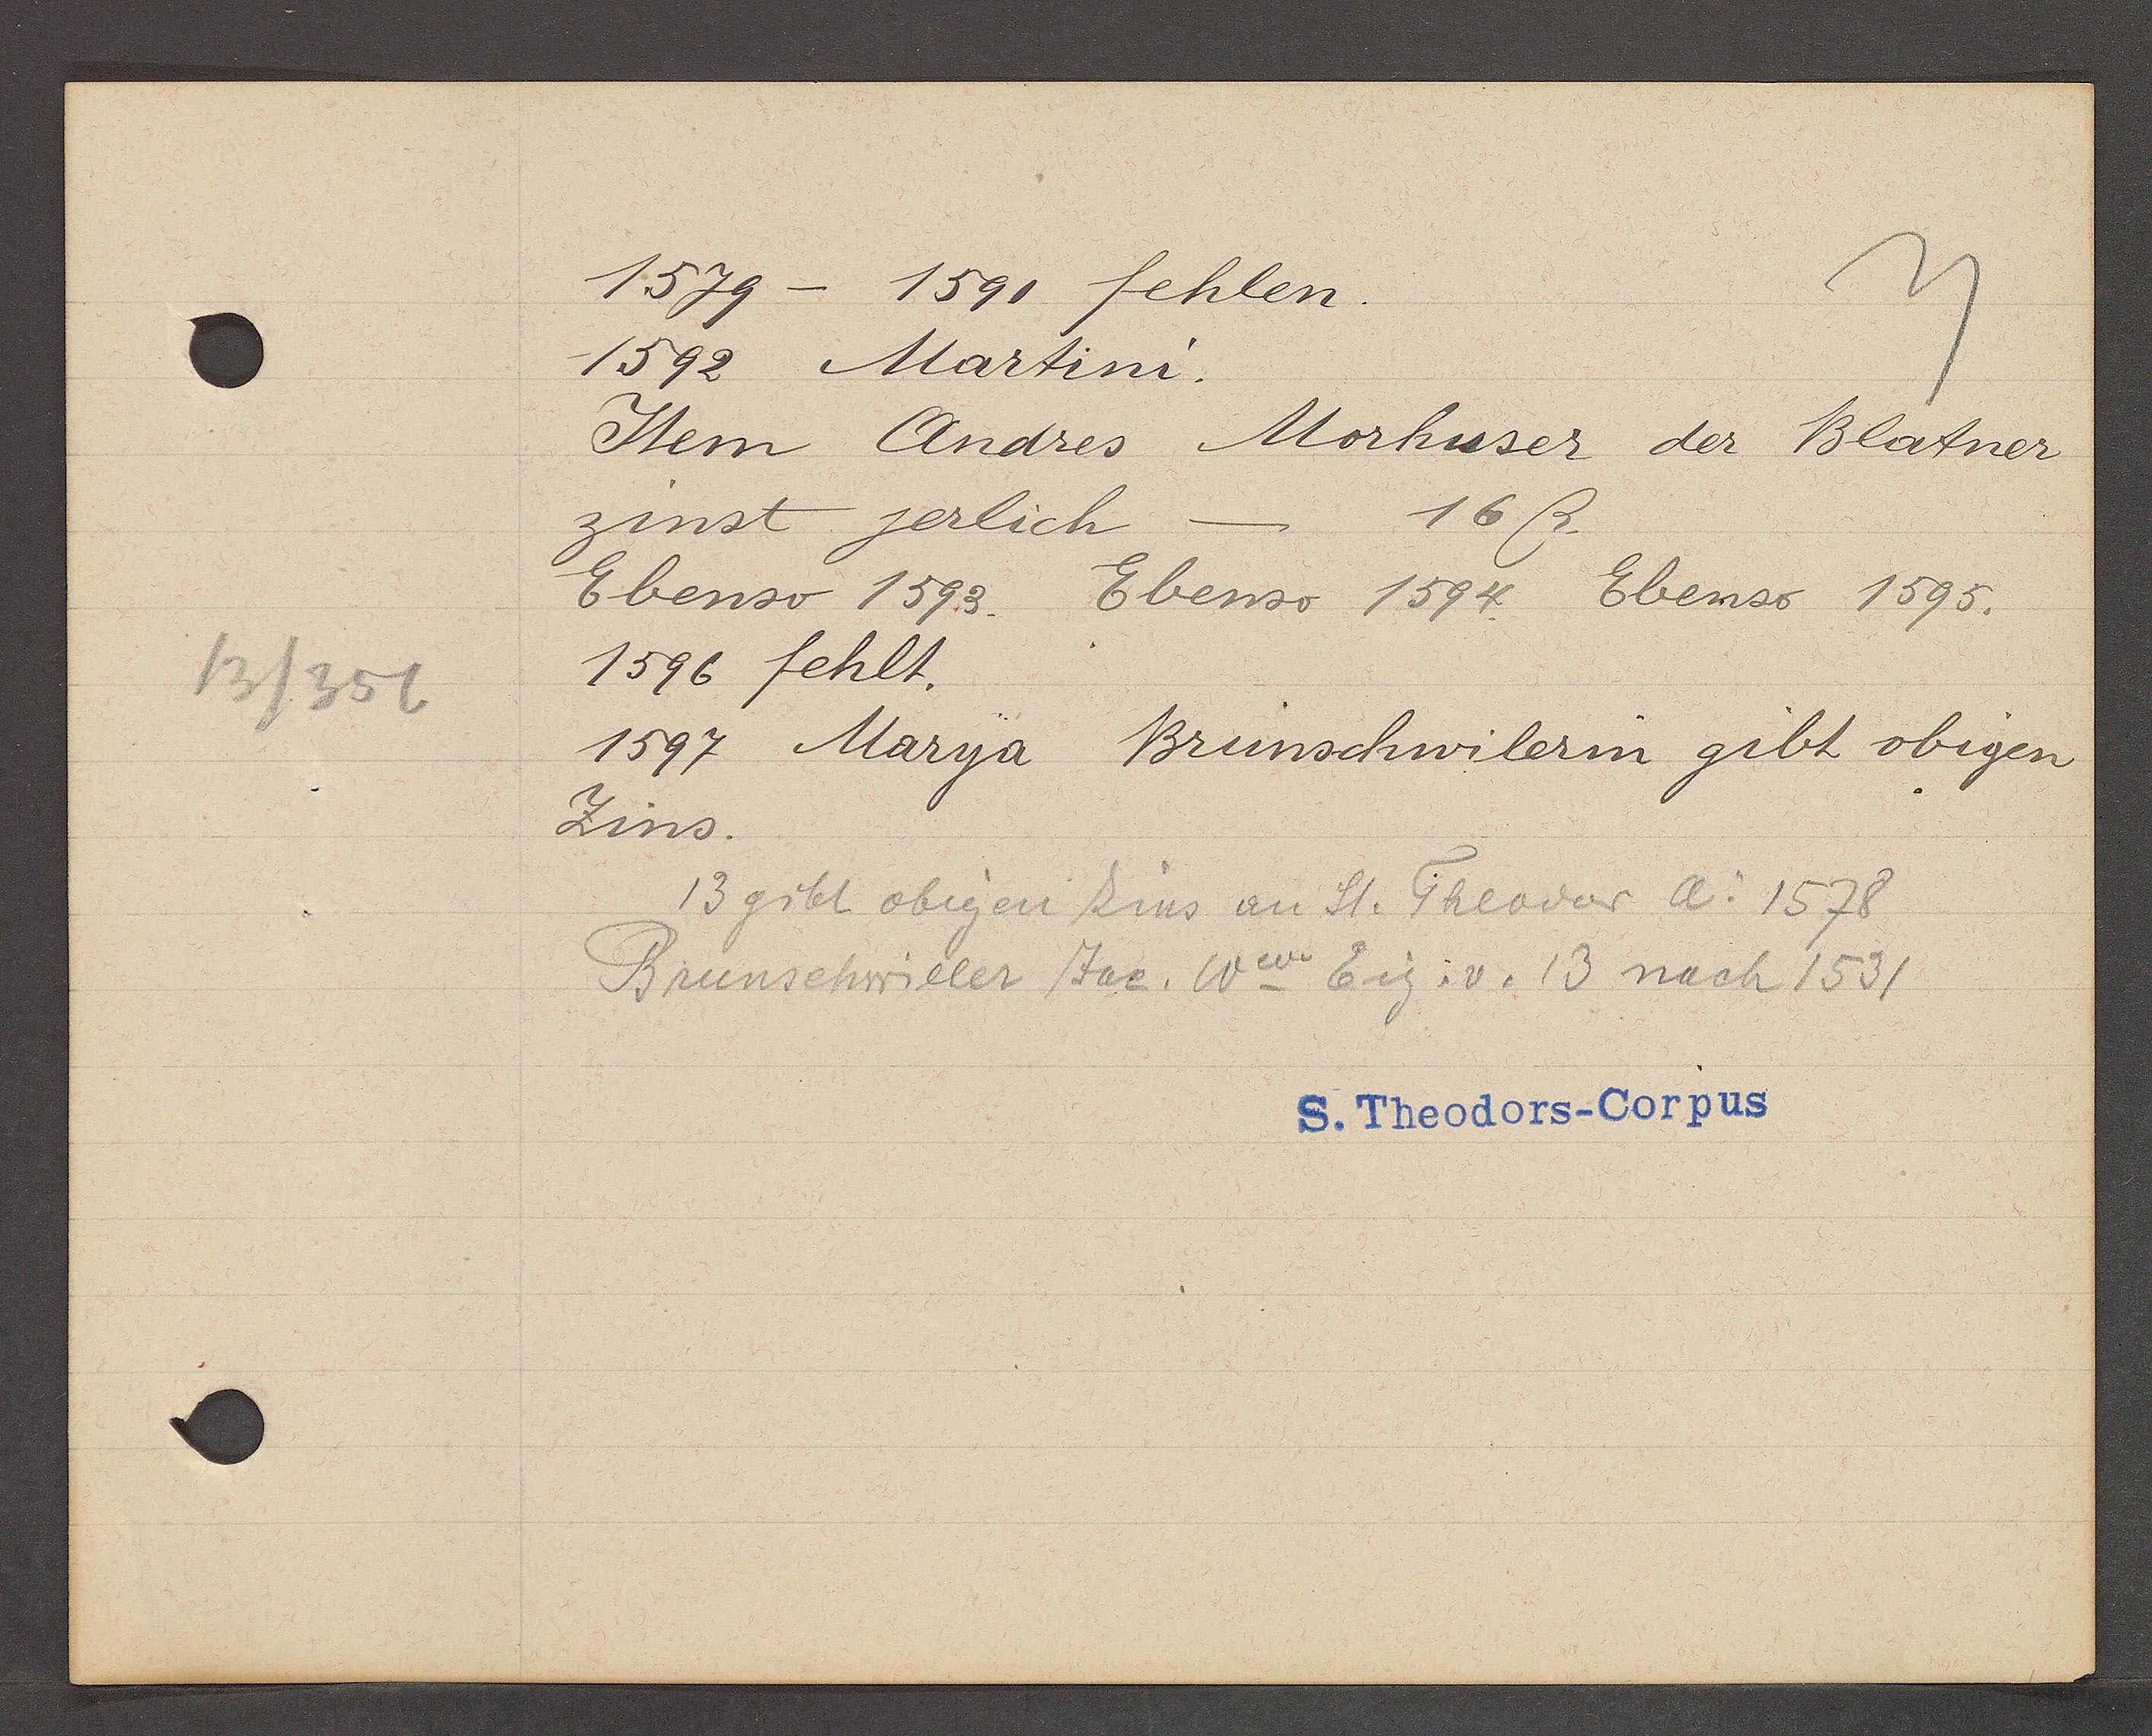
Transcript:
13/356

1579 - 1591 fehlen.

1592 Martini.
Item Andres Morhuser der Blatner
16ß
zinst jerlich
Ebenso 1593. Ebenso 1594. Ebenso 1595.
1596 fehlt.
1597 Marya Brunschwilerm gibt obigen
Zins.

13 gibt obigen Zins an St. Theodor Ao 1578
Brunschwiller Jac. Ww Eig. v. 13 nach 1531

S. Theodors-Corpus